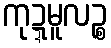
ကုဍ္ဍမူလဉ္စ